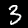
Label: 3